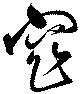
窄